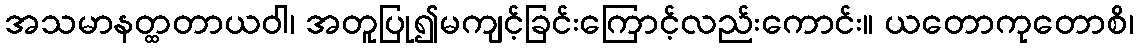
အသမာနတ္ထတာယဝါ၊ အတူပြု၍မကျင့်ခြင်းကြောင့်လည်းကောင်း။ ယတောကုတောစိ၊